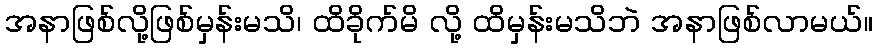
အနာဖြစ်လို့ဖြစ်မှန်းမသိ၊ ထိခိုက်မိ လို့ ထိမှန်းမသိဘဲ အနာဖြစ်လာမယ်။